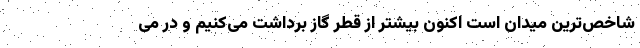
شاخص‌ترین میدان است اکنون بیشتر از قطر گاز برداشت می‌کنیم و در می